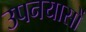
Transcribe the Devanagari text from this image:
उपनयासों